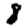
Digit: 8